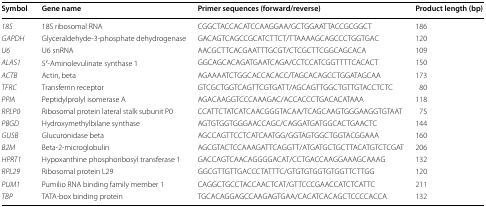
<table><thead><tr><td><b>Symbol</b></td><td><b>Gene name</b></td><td><b>Primer sequences (forward/reverse)</b></td><td><b>Product length (bp)</b></td></tr></thead><tbody><tr><td><i>18S</i></td><td>18S ribosomal RNA</td><td>CGGCTACCACATCCAAGGAA/GCTGGAATTACCGCGGCT</td><td>186</td></tr><tr><td><i>GAPDH</i></td><td>Glyceraldehyde-3-phosphate dehydrogenase</td><td>GACAGTCAGCCGCATCTTCT/TTAAAAGCAGCCCTGGTGAC</td><td>120</td></tr><tr><td><i>U6</i></td><td>U6 snRNA</td><td>AACGCTTCACGAATTTGCGT/CTCGCTTCGGCAGCACA</td><td>109</td></tr><tr><td><i>ALAS1</i></td><td>5′-Aminolevulinate synthase 1</td><td>GGCAGCACAGATGAATCAGA/CCTCCATCGGTTTTCACACT</td><td>150</td></tr><tr><td><i>ACTB</i></td><td>Actin, beta </td><td>AGAAAATCTGGCACCACACC/TAGCACAGCCTGGATAGCAA</td><td>173</td></tr><tr><td><i>TFRC</i></td><td>Transferrin receptor</td><td>GTCGCTGGTCAGTTCGTGATT/AGCAGTTGGCTGTTGTACCTCTC</td><td>80</td></tr><tr><td><i>PPIA</i></td><td>Peptidylprolyl isomerase A</td><td>AGACAAGGTCCCAAAGAC/ACCACCCTGACACATAAA</td><td>118</td></tr><tr><td><i>RPLP0</i></td><td>Ribosomal protein lateral stalk subunit P0</td><td>CCATTCTATCATCAACGGGTACAA/TCAGCAAGTGGGAAGGTGTAAT</td><td>75</td></tr><tr><td><i>PBGD</i></td><td>Hydroxymethylbilane synthase</td><td>AGTGTGGTGGGAACCAGC/CAGGATGATGGCACTGAACTC</td><td>144</td></tr><tr><td><i>GUSB</i></td><td>Glucuronidase beta</td><td>AGCCAGTTCCTCATCAATGG/GGTAGTGGCTGGTACGGAAA</td><td>160</td></tr><tr><td><i>B2M</i></td><td>Beta-2-microglobulin</td><td>AGCGTACTCCAAAGATTCAGGTT/ATGATGCTGCTTACATGTCTCGAT</td><td>206</td></tr><tr><td><i>HPRT1</i></td><td>Hypoxanthine phosphoribosyl transferase 1</td><td>GACCAGTCAACAGGGGACAT/CCTGACCAAGGAAAGCAAAG</td><td>132</td></tr><tr><td><i>RPL29</i></td><td>Ribosomal protein L29</td><td>GGCGTTGTTGACCCTATTTC/GTGTGTGGTGTGGTTCTTGG</td><td>120</td></tr><tr><td><i>PUM1</i></td><td>Pumilio RNA binding family member 1</td><td>CAGGCTGCCTACCAACTCAT/GTTCCCGAACCATCTCATTC</td><td>211</td></tr><tr><td><i>TBP</i></td><td>TATA-box binding protein</td><td>TGCACAGGAGCCAAGAGTGAA/CACATCACAGCTCCCCACCA</td><td>132</td></tr></tbody></table>